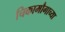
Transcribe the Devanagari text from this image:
चिकामौगाच्या